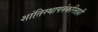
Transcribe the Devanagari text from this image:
शांतिस्थापनेकरिताही